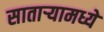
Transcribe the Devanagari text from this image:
सातार्‍यामध्ये